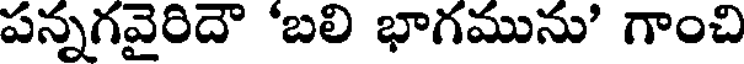
పన్నగవైరిదౌ 'బలి భాగమును' గాంచి